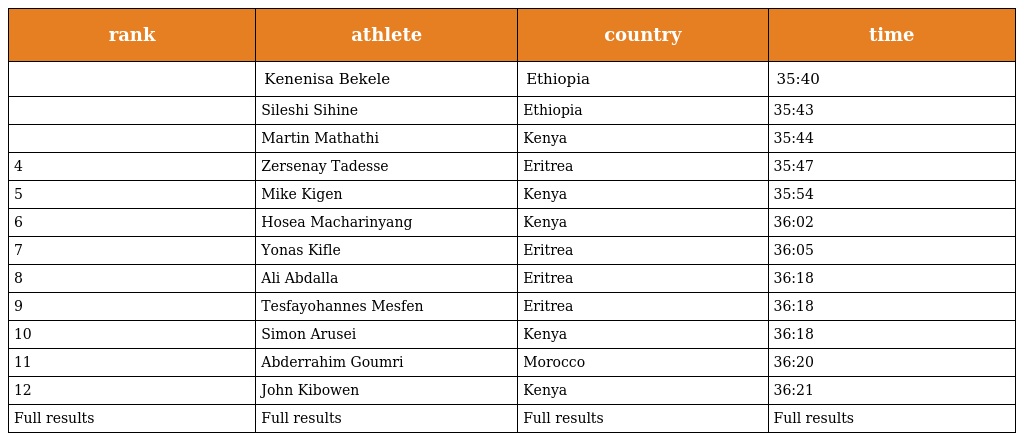
| rank | athlete | country | time |
 | --- | --- | --- | --- |
 |  | Kenenisa Bekele | Ethiopia | 35:40 |
 |  | Sileshi Sihine | Ethiopia | 35:43 |
 |  | Martin Mathathi | Kenya | 35:44 |
 | 4 | Zersenay Tadesse | Eritrea | 35:47 |
 | 5 | Mike Kigen | Kenya | 35:54 |
 | 6 | Hosea Macharinyang | Kenya | 36:02 |
 | 7 | Yonas Kifle | Eritrea | 36:05 |
 | 8 | Ali Abdalla | Eritrea | 36:18 |
 | 9 | Tesfayohannes Mesfen | Eritrea | 36:18 |
 | 10 | Simon Arusei | Kenya | 36:18 |
 | 11 | Abderrahim Goumri | Morocco | 36:20 |
 | 12 | John Kibowen | Kenya | 36:21 |
 | Full results | Full results | Full results | Full results |